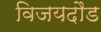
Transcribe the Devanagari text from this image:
विजयदौड